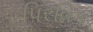
પિરવિક